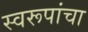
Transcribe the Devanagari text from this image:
स्वरूपांचा